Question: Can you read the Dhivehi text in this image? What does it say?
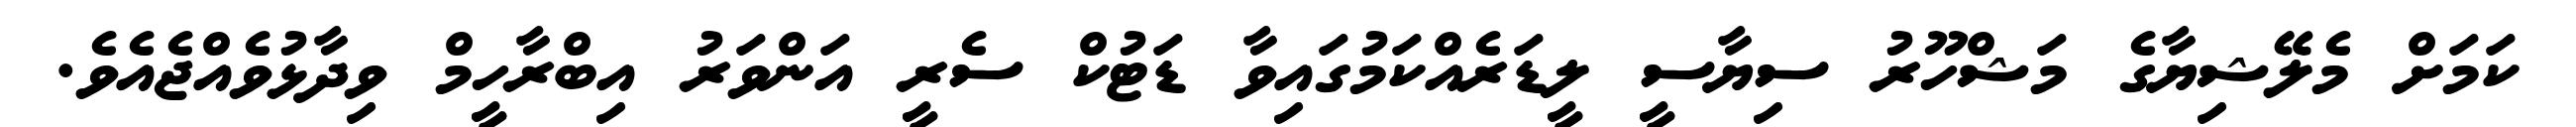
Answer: ކަމަށް މެލޭޝިޔާގެ މަޝްހޫރު ސިޔާސީ ލީޑަރެއްކަމުގައިވާ ޑަޓުކް ސެރީ އަންވަރު އިބްރާހީމް ވިދާޅުވެއްޖެއެވެ.